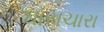
ઘાસચારા